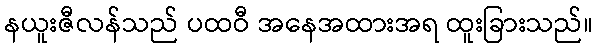
နယူးဇီလန်သည် ပထဝီ အနေအထားအရ ထူးခြားသည်။